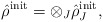
\begin{align*}\hat{\rho}^{\mbox{\scriptsize{init}}}=\otimes _J\hat{\rho}^{\mbox{\scriptsize{init}}}_J ,\end{align*}